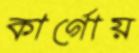
কার্গোয়